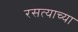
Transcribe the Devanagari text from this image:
रसत्याच्या